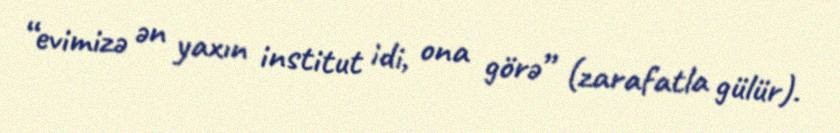
“evimizə ən yaxın institut idi, ona görə” (zarafatla gülür).